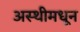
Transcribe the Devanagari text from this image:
अस्थीमधून